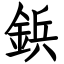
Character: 鋲